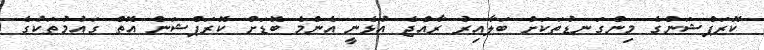
ކޮރަޕްޝަންގެ މިންގަނޑުތަކަށް ބަލާއިރު ރާއްޖެ އުޅެނީ އެންމެ ބޮޑަށް ކޮރަޕްޝަން އޮތް ގައުމުތަކުގެ